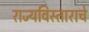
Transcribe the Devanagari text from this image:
राज्यविस्ताराचे